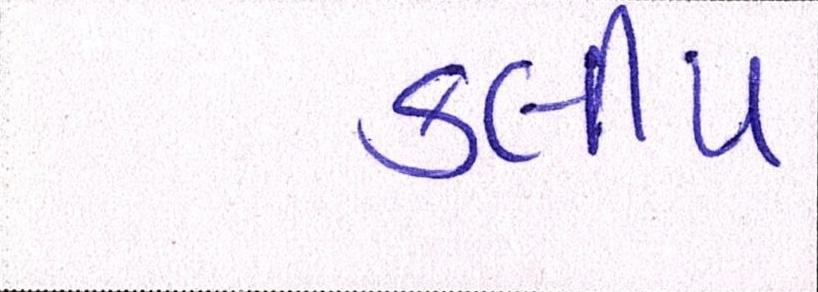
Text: કલીપ